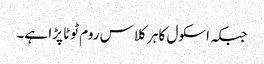
جبکہ اسکول کا ہر کلاس روم ٹوٹا پڑا ہے۔